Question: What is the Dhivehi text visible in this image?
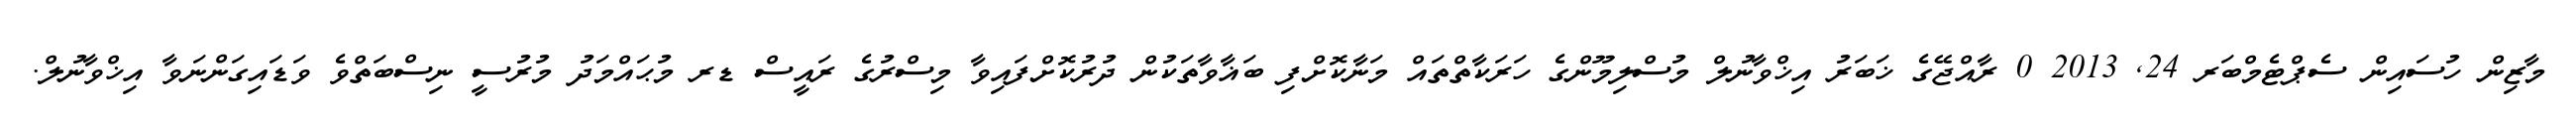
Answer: މާޒިން ހުސައިން ސެޕްޓެމްބަރ 24, 2013 0 ރާއްޖޭގެ ޚަބަރު އިޚްވާނުލް މުސްލިމޫންގެ ހަރަކާތްތައް މަނާކޮށްފި ބަޣާވާތަކުން ދުރުކޮށްފައިވާ މިސްރުގެ ރައީސް ޑރ މުޙައްމަދު މުރުސީ ނިސްބަތްވެ ވަޑައިގަންނަވާ އިޚްވާނުލް.